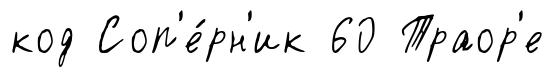
код Соп'е́рн'ик 60 Траор'е